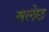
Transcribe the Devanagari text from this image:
मलेछ